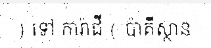
) ទៅ ការ៉ាជី ( ប៉ាគីស្ថាន